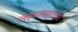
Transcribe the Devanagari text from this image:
लहानातल्या